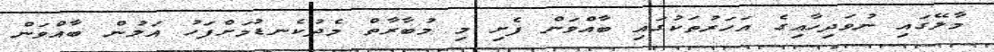
މާލޭގައި ނުވަދިހާއިގެ އަހަރުތަކުގައި ބާއްވަން ފެށި މި މުބާރާތް މެދުކެނޑުމަށްފަހު އަލުން ބާއްވަން